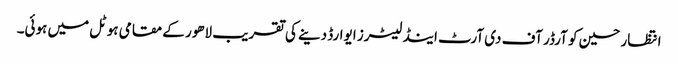
انتظار حسین کو آرڈر آف دی آرٹ اینڈ لیٹرز ایوارڈ دینے کی تقریب لاھور کے مقامی ہوٹل میں ہوئی۔